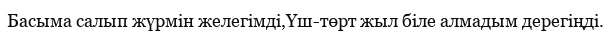
Басыма салып жүрмін желегімді,Үш-төрт жыл біле алмадым дерегіңді.